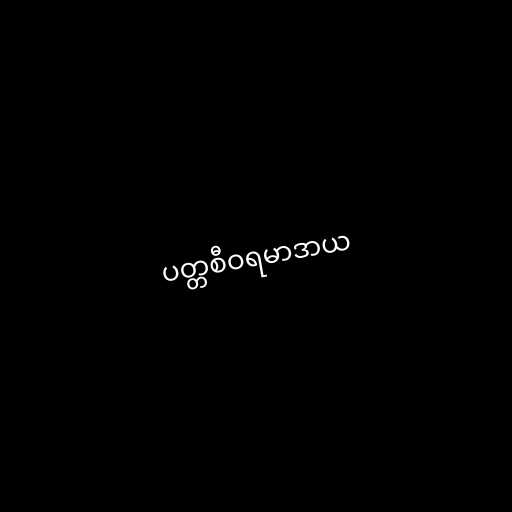
ပတ္တစီဝရမာဒာယ